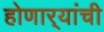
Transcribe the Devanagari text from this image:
होणार्‍यांची